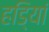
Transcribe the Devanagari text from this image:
हडि्यां